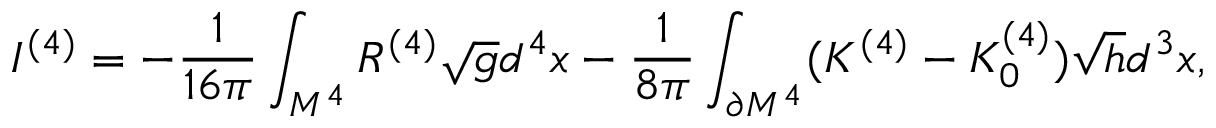
I ^ { ( 4 ) } = - { \frac { 1 } { 1 6 \pi } } \int _ { M ^ { 4 } } ^ { } R ^ { ( 4 ) } \sqrt { g } d ^ { 4 } x - { \frac { 1 } { 8 \pi } } \int _ { \partial M ^ { 4 } } ^ { } ( K ^ { ( 4 ) } - K _ { 0 } ^ { ( 4 ) } ) \sqrt { h } d ^ { 3 } x ,